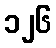
၁၂၆